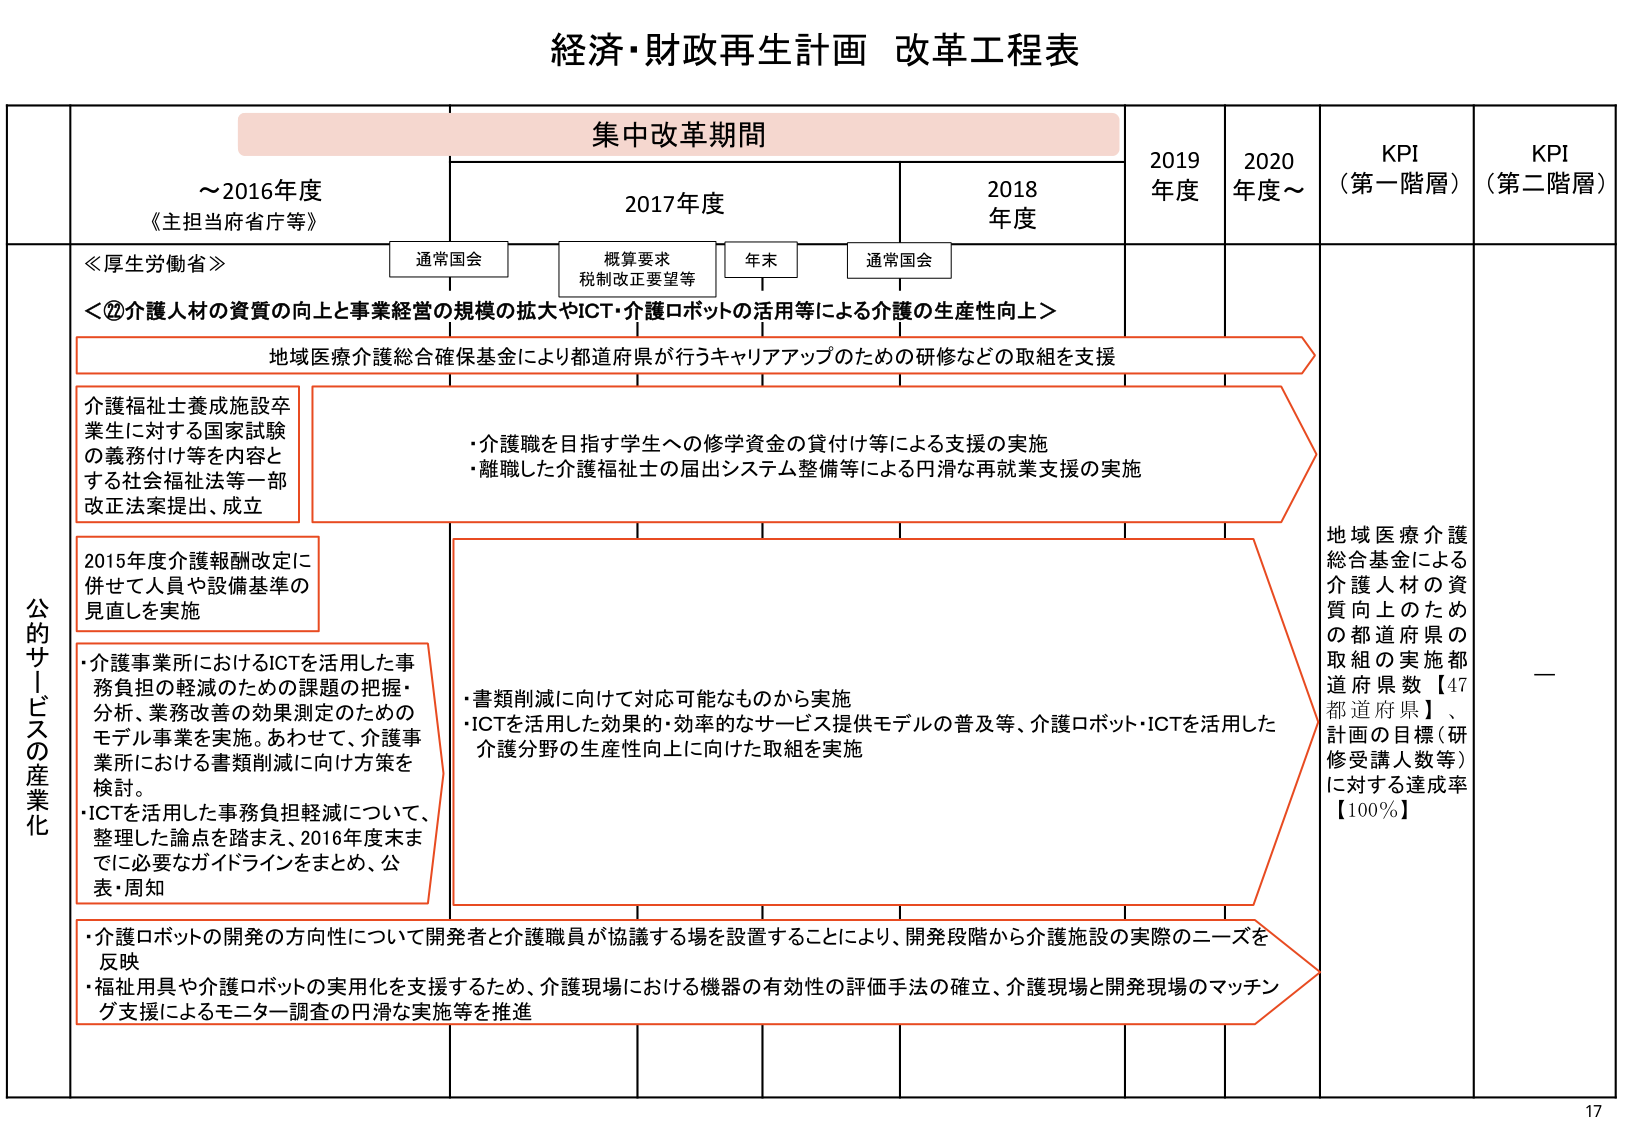
経済・財政再生計画 改革工程表

集中改革期間

～2016年度
《主担当府省庁等》

2017年度
通常国会
概算要求
税制改正要望等
年末
通常国会

2018年度

2019年度
2020年度～

KPI（第一階層）
KPI（第二階層）

公的サービスの産業化

≪厚生労働省≫
＜②介護人材の資質の向上と事業経営の規模の拡大やICT・介護ロボットの活用等による介護の生産性向上＞

地域医療介護総合確保基金により都道府県が行うキャリアアップのための研修などの取組を支援

介護福祉士養成施設卒業生に対する国家試験の義務付け等を内容とする社会福祉法等一部改正法案提出、成立

・介護職を目指す学生への修学資金の貸付け等による支援の実施
・離職した介護福祉士の届出システム整備等による円滑な再就業支援の実施

2015年度介護報酬改定に併せて人員や設備基準の見直しを実施

・介護事業所におけるICTを活用した事務負担の軽減のための課題の把握・分析、業務改善の効果測定のためのモデル事業を実施。あわせて、介護事業所における書類削減に向けた方策を検討。
・ICTを活用した事務負担軽減について、整理した論点を踏まえ、2016年度末までに必要なガイドラインをまとめ、公表・周知

・書類削減に向けて対応可能なものから実施
・ICTを活用した効果的・効率的なサービス提供モデルの普及等、介護ロボット・ICTを活用した介護分野の生産性向上に向けた取組を実施

・介護ロボットの開発の方向性について開発者と介護職員が協議する場を設置することにより、開発段階から介護施設の実際のニーズを反映
・福祉用具や介護ロボットの実用化を支援するため、介護現場における機器の有効性の評価手法の確立、介護現場と開発現場のマッチング支援によるモニター調査の円滑な実施等を推進

地域医療介護総合基金による介護人材の資質向上のための都道府県の取組の実施都道府県数【47都道府県】、計画の目標（研修受講人数等）に対する達成率【100％】

—

17